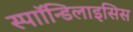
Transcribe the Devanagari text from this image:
स्पाॉन्डिलाइसिस